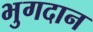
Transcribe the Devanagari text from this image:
भुगदान